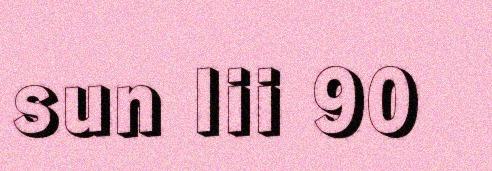
sun lii 90